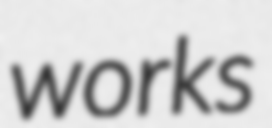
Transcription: works